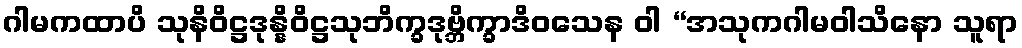
ဂါမကထာပိ သုနိဝိဋ္ဌဒုန္နိဝိဋ္ဌသုဘိက္ခဒုဗ္ဘိက္ခာဒိဝသေန ဝါ “အသုကဂါမဝါသိနော သူရာ